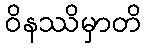
ဝိနဿိမှာတိ